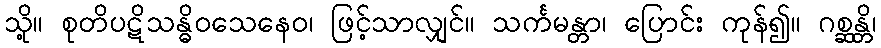
သို့။ စုတိပဋိသန္ဓိဝသေနေဝ၊ ဖြင့်သာလျှင်။ သင်္ကမန္တာ၊ ပြောင်း ကုန်၍။ ဂစ္ဆန္တိ၊